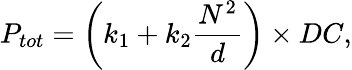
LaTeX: P_{tot}=\left(k_{1}+k_{2}\frac{N^{2}}{d}\right)\times DC,